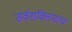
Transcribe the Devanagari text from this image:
सर्वशक्तिमत्व